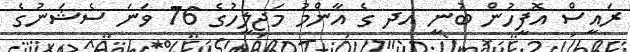
ރައީސް އޮފީހުން ބުނީ އދ ގެ އާންމު މަޖިލީހުގެ 76 ވަނަ ސެޝަނުގެ